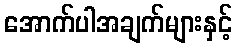
အောက်ပါအချက်များနှင့်